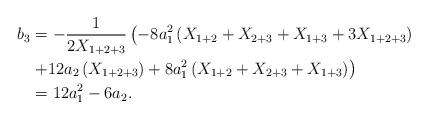
LaTeX: \begin{align*} b_3 &= -\frac{1}{2 X_{1+2+3}} \left( -8 a_1^2 \left( X_{1+2} + X_{2+3} + X_{1+3} + 3X_{1+2+3} \right) \right. \\&\left. + 12 a_2 \left( X_{1+2+3} \right) + 8a_1^2 \left( X_{1+2} + X_{2+3} + X_{1+3} \right) \right) \\&=12 a_1^2-6a_2.\end{align*}